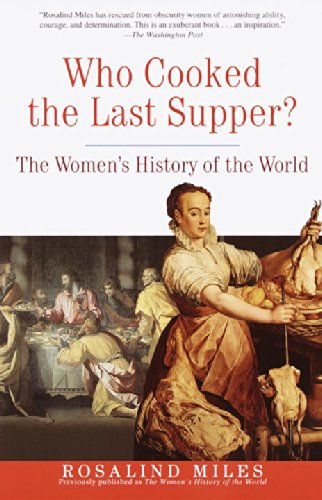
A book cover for Who Cooked the Last Supper: The Women's History of the World; Rosalind Miles; Politics & Social Sciences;